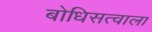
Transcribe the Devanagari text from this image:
बोधिसत्वाला